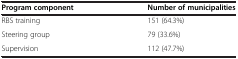
<table><thead><tr><td><b>Program component</b></td><td><b>Number of municipalities</b></td></tr></thead><tbody><tr><td>RBS training</td><td>151 (64.3%)</td></tr><tr><td>Steering group</td><td>79 (33.6%)</td></tr><tr><td>Supervision</td><td>112 (47.7%)</td></tr></tbody></table>